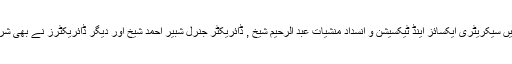
اجلاس میں سیکریٹری ایکسائز اینڈ ٹیکسیشن و انسدادِ منشیات عبد الرحیم شیخ , ڈائریکٹر جنرل شبیر احمد شیخ اور دیگر ڈائریکٹرز نے بھی شرکت کی۔